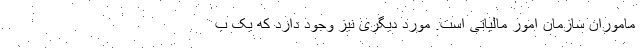
ماموران سازمان امور مالیاتی است. مورد دیگری نیز وجود دارد که یک ب